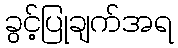
ခွင့်ပြုချက်အရ